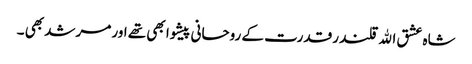
شاہ عشق اﷲ قلندر قدرت کے روحانی پیشوا بھی تھے اور مرشد بھی ۔